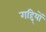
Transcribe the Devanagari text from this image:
गद्दि्यों